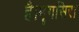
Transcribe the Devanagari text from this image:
है।मॄगसिरा